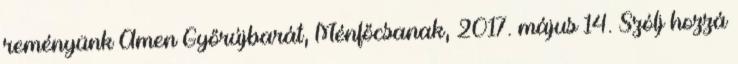
reményünk Ámen Győrújbarát, Ménfőcsanak, 2017. május 14. Szólj hozzá